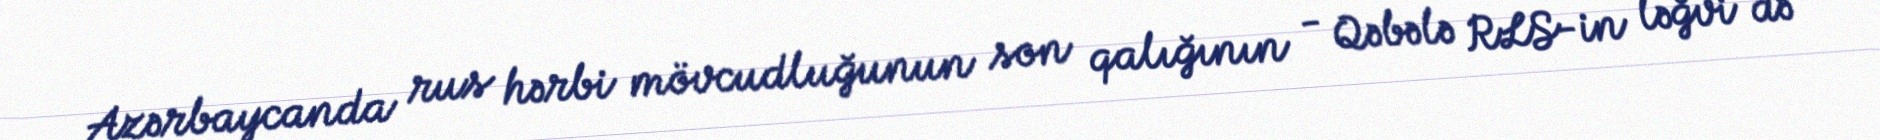
Azərbaycanda rus hərbi mövcudluğunun son qalığının - Qəbələ RLS-in ləğvi də